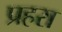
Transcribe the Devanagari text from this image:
प्रहरा